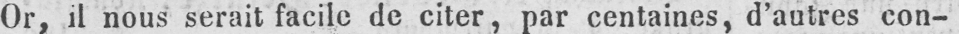
Or, il nous serait facile de citer, par centaines, d’autres con-